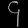
Digit: ၄